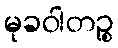
မုခဝါတဉ္စ